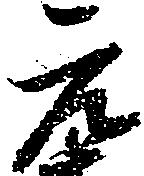
元